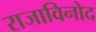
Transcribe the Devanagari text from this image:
राजाविनोद